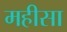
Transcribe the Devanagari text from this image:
महीसा